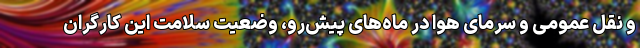
و نقل عمومی و سرمای هوا در ماه‌های پیش‌رو، وضعیت سلامت این کارگران